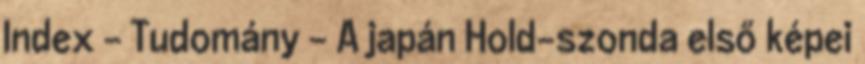
Index - Tudomány - A japán Hold-szonda első képei